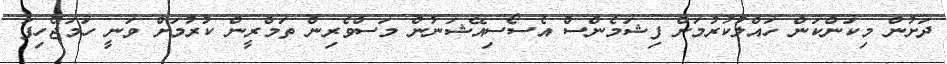
ދަށުން މިކަންކަން ހައްލުކުރުމަށް ފިޝަމެންސް އެސޯސިއޭޝަނުން މަސްވެރިން ތަމްރީން ކުރުމަށް ވަނީ ހަމަޖެހިފަ